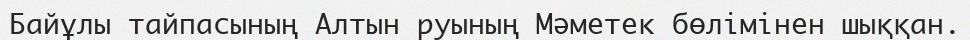
Байұлы тайпасының Алтын руының Мәметек бөлімінен шыққан.